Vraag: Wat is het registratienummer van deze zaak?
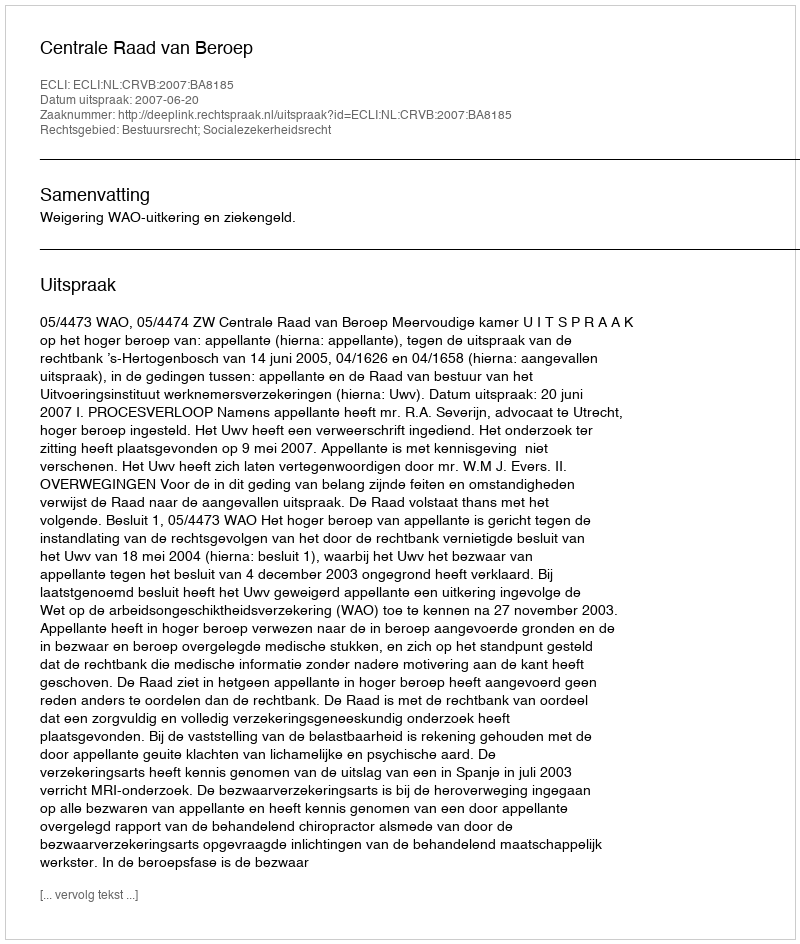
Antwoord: http://deeplink.rechtspraak.nl/uitspraak?id=ECLI:NL:CRVB:2007:BA8185